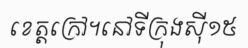
ខេត្តក្រៅ។នៅទីក្រុងស៊ី១៥